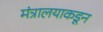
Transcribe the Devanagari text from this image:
मंत्रालयाकडून